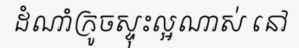
ដំណាំក្រូចស្ទុះល្អណាស់ នៅ